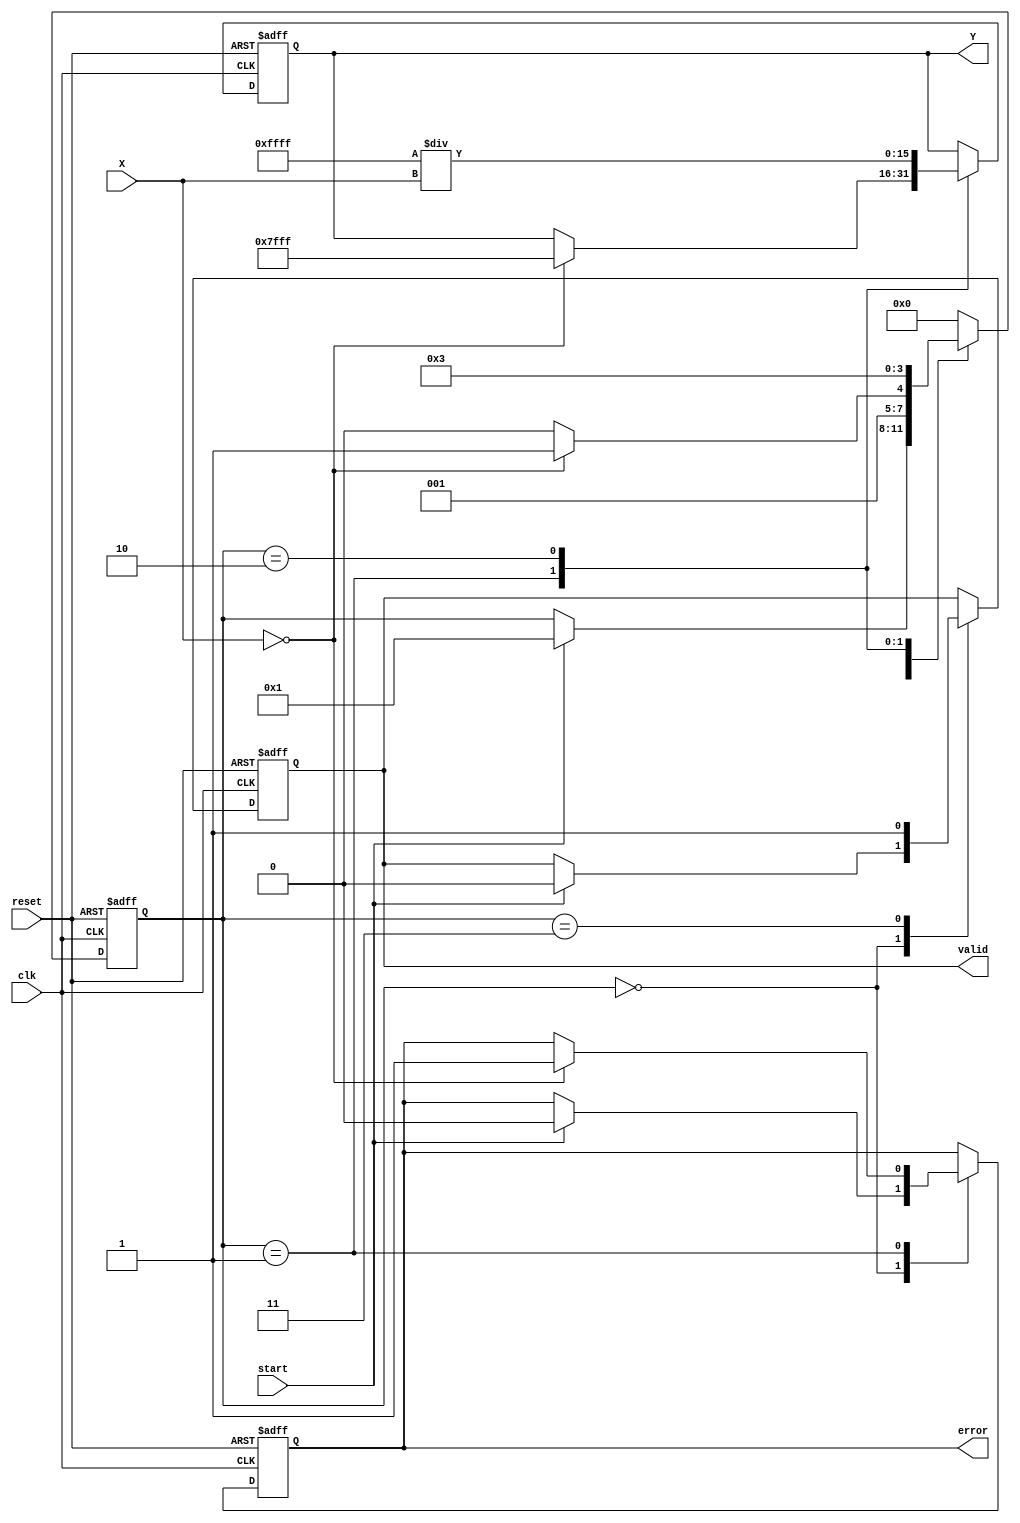
module DirectReciprocalUnit (
    input wire clk,             // Clock signal
    input wire reset,           // Reset signal
    input wire start,           // Start signal to initiate computation
    input wire [15:0] X,        // Input value (fixed-point)
    output reg [15:0] Y,        // Reciprocal output (fixed-point)
    output reg valid,           // Valid output flag
    output reg error            // Error flag (e.g., division by zero)
);

    // Internal states
    reg [3:0] state;            // State machine for processing
    localparam IDLE = 4'b0000,
               VALIDATE = 4'b0001,
               CALCULATE = 4'b0010,
               OUTPUT = 4'b0011;

    // Constants for fixed-point representation
    localparam MAX_VALUE = 16'hFFFF; // Max value for 16-bit fixed point
    localparam INFINITY = 16'h7FFF;   // Predefined value for infinity

    // Simple reciprocal approximation using a fixed-point multiplier
    function [15:0] reciprocal(
        input [15:0] value
    );
    begin
        // Simple reciprocal approximation (for demonstration)
        // Note: This is a placeholder. A more accurate method should be implemented.
        reciprocal = (MAX_VALUE / value);
    end
    endfunction

    // State machine for processing
    always @(posedge clk or posedge reset) begin
        if (reset) begin
            state <= IDLE;
            Y <= 16'b0;
            valid <= 1'b0;
            error <= 1'b0;
        end else begin
            case (state)
                IDLE: begin
                    if (start) begin
                        state <= VALIDATE;
                        valid <= 1'b0;
                        error <= 1'b0;
                    end
                end
                
                VALIDATE: begin
                    if (X == 16'b0) begin
                        error <= 1'b1; // Division by zero error
                        Y <= INFINITY;  // Output a predefined value for infinity
                        state <= OUTPUT;
                    end else begin
                        state <= CALCULATE; // Proceed to calculation
                    end
                end
                
                CALCULATE: begin
                    Y <= reciprocal(X); // Calculate reciprocal
                    state <= OUTPUT;
                end
                
                OUTPUT: begin
                    valid <= 1'b1; // Indicate valid output
                    state <= IDLE; // Return to idle state
                end
                
                default: state <= IDLE; // Default case
            endcase
        end
    end
endmodule